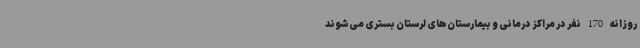
روزانه 170 نفر در مراکز درمانی و بیمارستان‌های لرستان بستری می‌شوند